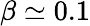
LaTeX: \beta\simeq 0.1